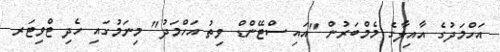
އަހްމަދުގެ އާއިލާގެ މެމްބަރުން "އައި ސްޓޭންޑް ވިތު އަހްމަދު" މިނަމުގައި ހެދި ޓްވިޓަރ